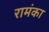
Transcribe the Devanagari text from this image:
रामंका